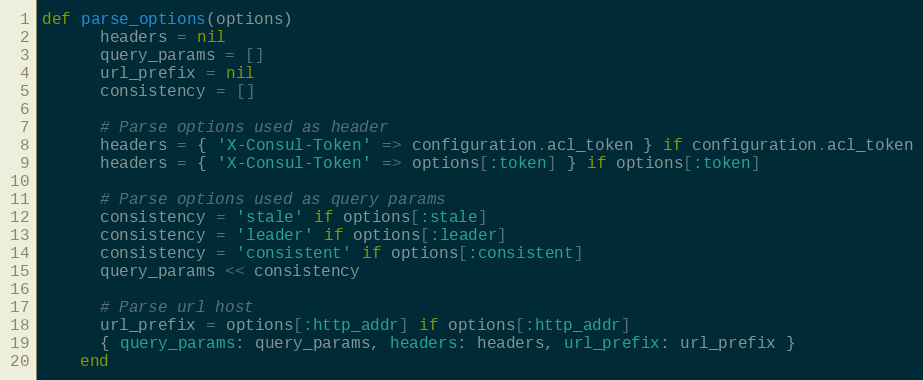
Language: Ruby
def parse_options(options)
      headers = nil
      query_params = []
      url_prefix = nil
      consistency = []

      # Parse options used as header
      headers = { 'X-Consul-Token' => configuration.acl_token } if configuration.acl_token
      headers = { 'X-Consul-Token' => options[:token] } if options[:token]

      # Parse options used as query params
      consistency = 'stale' if options[:stale]
      consistency = 'leader' if options[:leader]
      consistency = 'consistent' if options[:consistent]
      query_params << consistency

      # Parse url host
      url_prefix = options[:http_addr] if options[:http_addr]
      { query_params: query_params, headers: headers, url_prefix: url_prefix }
    end